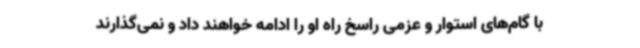
با گام‌های استوار و عزمی راسخ راه او را ادامه خواهند داد و نمی‌گذارند